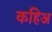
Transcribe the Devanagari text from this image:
कहिअ